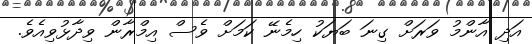
އަދި އާންމު ވަރަށް ގިނަ ބަޔަކު ހިމެނޭ ކަމަށް ވެސް އިމްރާން ވިދާޅުވިއެވެ.